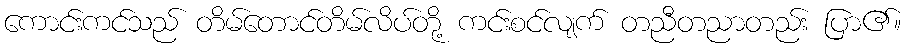
ကောင်းကင်သည် တိမ်တောင်တိမ်လိပ်တို့ ကင်းစင်လျက် တညီတညာတည်း ပြာ၏။